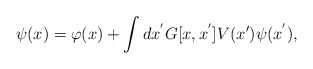
\begin{align*}\psi (x) = \varphi (x) + \int dx^{'} G[x,x^{'}] V(x')\psi (x^{'}) , \end{align*}